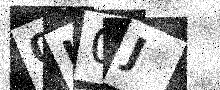
Text: 0H0J